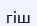
гіш